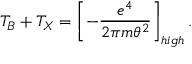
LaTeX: T _ { B } + T _ { X } = \left[ - \frac { e ^ { 4 } } { 2 \pi m \theta ^ { 2 } } \right] _ { h i g h } .